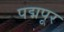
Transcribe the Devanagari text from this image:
पद्मपूर